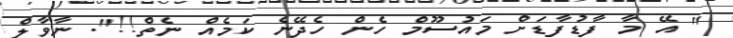
" އޭ މާ ފާޑުފާޑަށް މައުސޫމް ހެން ހެދޭނެ ކަމެއް ނެތް!!". ނާވާލް